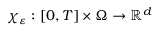
\boldsymbol { \chi } _ { \varepsilon } : [ 0 , T ] \times \Omega \to \mathbb { R } ^ { d }